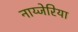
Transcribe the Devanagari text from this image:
नाय्जेरिया